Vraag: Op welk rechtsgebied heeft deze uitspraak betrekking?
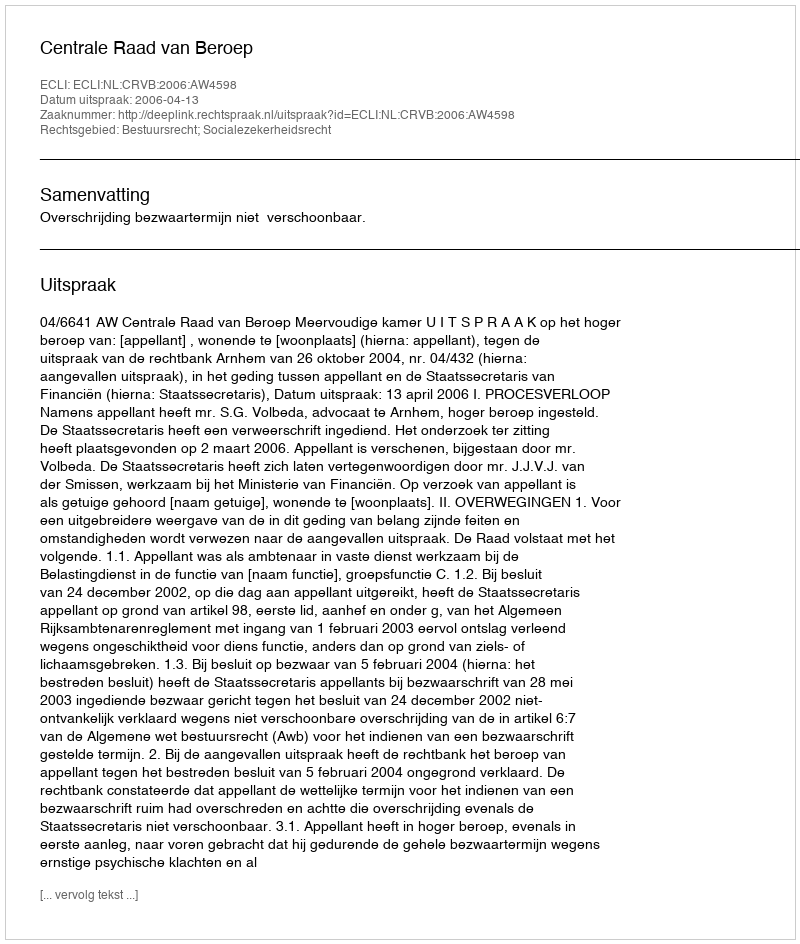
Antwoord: Bestuursrecht; Socialezekerheidsrecht